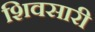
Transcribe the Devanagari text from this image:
शिवसारी